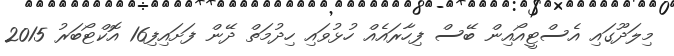
މިލަދޫގައި އެސްޓީއޯއިން ބޭސް ފިހާރައެއް ހުޅުވައި ހިދުމަތް ދޭން ފަށައިފި16 އޮކްޓޯބަރު 2015